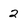
Character: 2